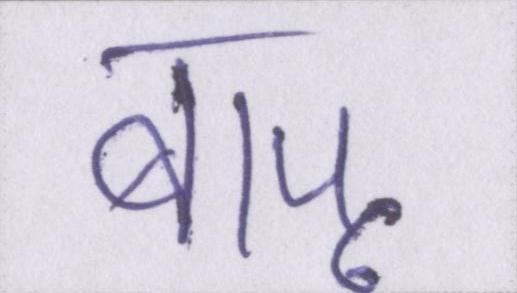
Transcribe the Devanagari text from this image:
बापू